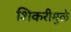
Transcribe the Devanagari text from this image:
शिकरीमुळे